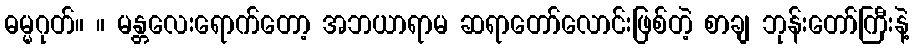
ဓမ္မဂုတ်။ ။ မန္တလေးရောက်တော့ အဘယာရာမ ဆရာတော်လောင်းဖြစ်တဲ့ စာချ ဘုန်းတော်ကြီးနဲ့